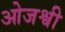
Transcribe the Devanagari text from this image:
ओजश्वी